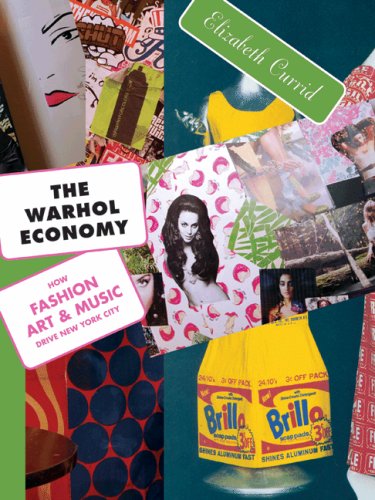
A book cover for The Warhol Economy: How Fashion, Art, and Music Drive New York City; Elizabeth Currid; Business & Money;